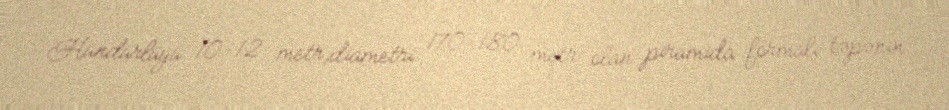
Hündürlüyü 10-12 metr,diametri 170-180 metr olan piramida formalı təpənin